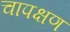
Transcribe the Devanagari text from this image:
चापक्षण